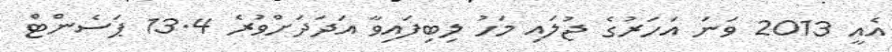
އެއީ 2013 ވަނަ އަހަރުގެ ޖުލައި މަހު ލިބިފައިވާ އަދަދަށްވުރެ 13.4 ޕަސެންޓް